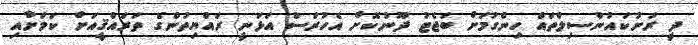
ދީ ރަށުކައުންސިލްތައް ހިންގުމަށް ބަޖެޓު ދޫނުކޮށް އެހުރަސް އަޅަނީ ރައްޔިތުންގެ ތަރައްޤީއަށް ކަމަށާއި